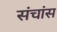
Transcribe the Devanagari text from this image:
संचांस